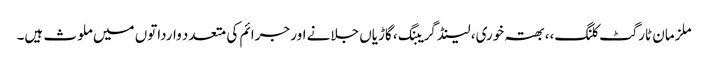
ملزمان ٹارگٹ کلنگ،، بھتہ خوری، لینڈ گریبنگ، گاڑیاں جلانے اور جرائم کی متعدد وارداتوں میں ملوث ہیں۔